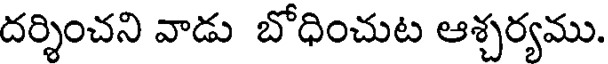
దర్శించని వాడు బోధించుట ఆశ్చర్యము.